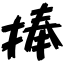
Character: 捧